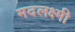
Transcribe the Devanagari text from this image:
मदलक्ष्मी